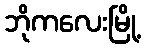
ဘိုကလေးမြို့